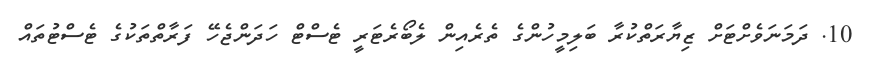
10. ދަމަނަވެށްޓަށް ޒިޔާރަތްކުރާ ބަލިމީހުންގެ ތެރެއިން ލެބޯރެޓަރީ ޓެސްޓް ހަދަންޖެހޭ ފަރާތްތަކުގެ ޓެސްޓުތައް